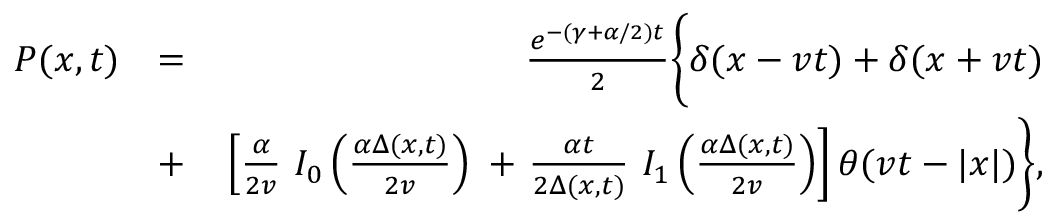
\begin{array} { r l r } { P ( x , t ) } & { = } & { \frac { e ^ { - ( \gamma + \alpha / 2 ) t } } { 2 } \Biggl \{ \delta ( x - v t ) + \delta ( x + v t ) \Biggr . } \\ & { + } & { \left. \left[ \frac { \alpha } { 2 v } \ I _ { 0 } \left( \frac { \alpha \Delta ( x , t ) } { 2 v } \right) \right. \right. + \Biggl . \left. \frac { \alpha t } { 2 \Delta ( x , t ) } \ I _ { 1 } \left( \frac { \alpha \Delta ( x , t ) } { 2 v } \right) \right] \theta ( v t - | x | ) \Biggr \} , } \end{array}